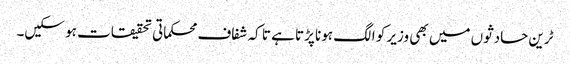
ٹرین حادثوں میں بھی وزیر کو الگ ہونا پڑتا ہے تا کہ شفاف محکماتی تحقیقات ہو سکیں۔